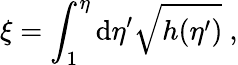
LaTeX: \xi=\int_{1}^{\eta}\mathrm{d}\eta^{\prime}\sqrt{h(\eta^{\prime})}~,